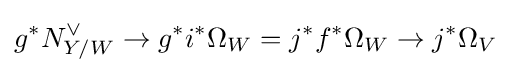
g^{*}N_{Y/W}^{\vee }\to g^{*}i^{*}\Omega _{W}=j^{*}f^{*}\Omega _{W}\to j^{*}\Omega _{V}